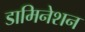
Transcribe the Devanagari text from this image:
डामिनेशन